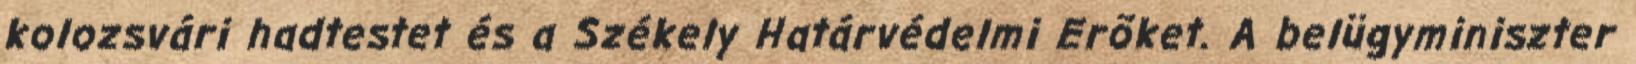
kolozsvári hadtestet és a Székely Határvédelmi Erõket. A belügyminiszter